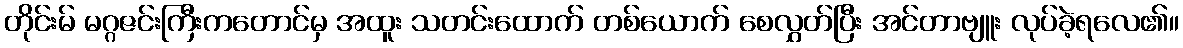
တိုင်းမ် မဂ္ဂဇင်းကြီးကတောင်မှ အထူး သတင်းထောက် တစ်ယောက် စေလွှတ်ပြီး အင်တာဗျူး လုပ်ခဲ့ရလေ၏။